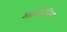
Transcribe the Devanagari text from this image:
अक्रापोलिस